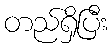
တည်ရှိပြီး